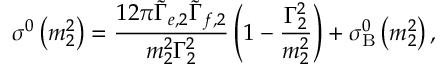
\sigma ^ { 0 } \left( m _ { 2 } ^ { 2 } \right) = \frac { 1 2 \pi \tilde { \Gamma } _ { e , 2 } \tilde { \Gamma } _ { f , 2 } } { m _ { 2 } ^ { 2 } \Gamma _ { 2 } ^ { 2 } } \left( 1 - \frac { \Gamma _ { 2 } ^ { 2 } } { m _ { 2 } ^ { 2 } } \right) + \sigma _ { \mathrm { B } } ^ { 0 } \left( m _ { 2 } ^ { 2 } \right) ,